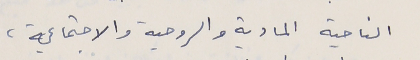
الناحية المادية والروحية والاجتماعية،